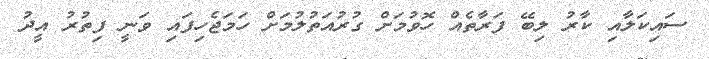
ސައިކަލާއި ކާރު ލިބޭ ފަރާތެއް ހޮވުމަށް ގުރުއަތުލުމަށް ހަމަޖެހިފައި ވަނީ ފިތުރު އީދު